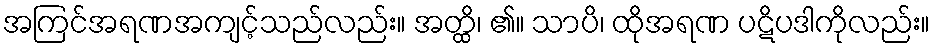
အကြင်အရဏအကျင့်သည်လည်း။ အတ္ထိ၊ ၏။ သာပိ၊ ထိုအရဏ ပဋိပဒါကိုလည်း။